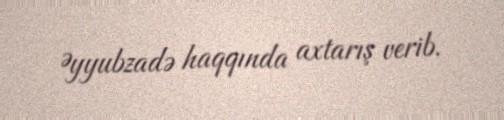
Əyyubzadə haqqında axtarış verib.